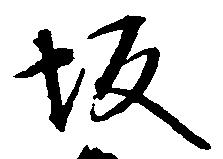
坂